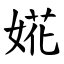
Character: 婲